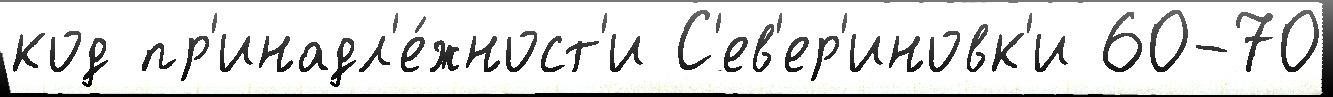
код пр'инадл'е́жност'и С'ев'ер'иновк'и 60-70